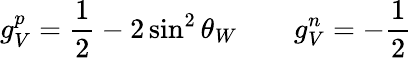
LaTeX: g_{V}^{p}=\frac{1}{2}-2\sin^{2}\theta_{W}\qquad g_{V}^{n}=-\frac{1}{2}